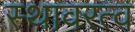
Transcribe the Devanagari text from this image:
स्थावरत्व